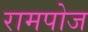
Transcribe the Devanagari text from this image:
रामपोज